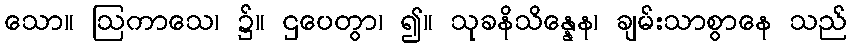
သော။ ဩကာသေ၊ ၌။ ဌပေတွာ၊ ၍။ သုခနိသိန္နေန၊ ချမ်းသာစွာနေ သည်